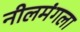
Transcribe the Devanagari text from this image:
नीलमंगला